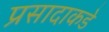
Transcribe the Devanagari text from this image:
प्रसादाकडे